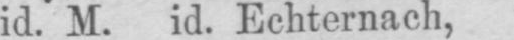
id. M. id. Echternach,